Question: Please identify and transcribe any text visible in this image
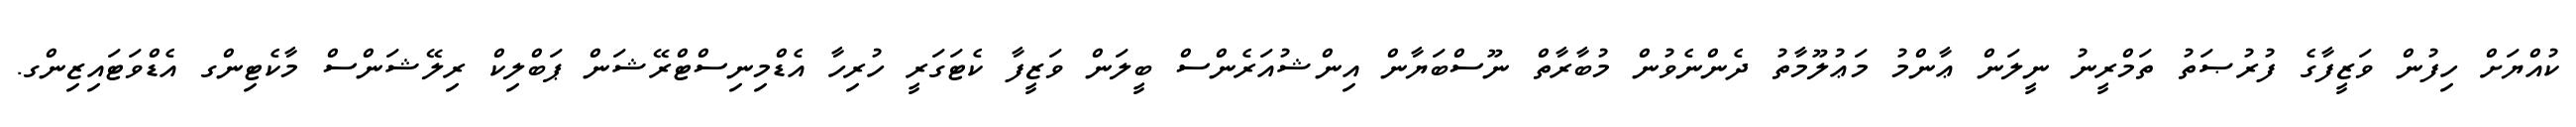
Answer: ކުއްޔަށް ހިފުން ވަޒީފާގެ ފުރުޞަތު ތަމްރީނު ނީލަން ޢާންމު މަޢުލޫމާތު ދެންނެވުން މުބާރާތް ނޫސްބަޔާން އިންޝުއަރެންސް ބީލަން ވަޒީފާ ކެޓަގަރީ ހުރިހާ އެޑްމިނިސްޓްރޭޝަން ޕަބްލިކް ރިލޭޝަންސް މާކެޓިންގ އެޑްވަޓައިޒިންގ.